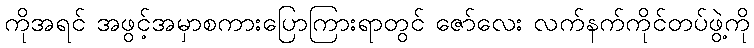
ကိုအရင် အဖွင့်အမှာစကားပြောကြားရာတွင် ဇော်လေး လက်နက်ကိုင်တပ်ဖွဲ့ကို